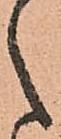
之